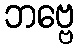
ဘဗ္ဗေ